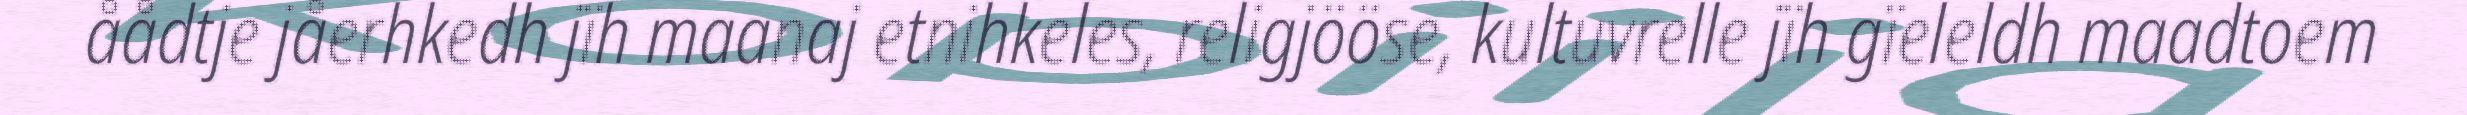
åådtje jåerhkedh jïh maanaj etnihkeles, religjööse, kultuvrelle jïh gïeleldh maadtoem